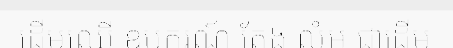
ដើមឈើ ឧបករណ៍ តែង លំអ ជាដើម